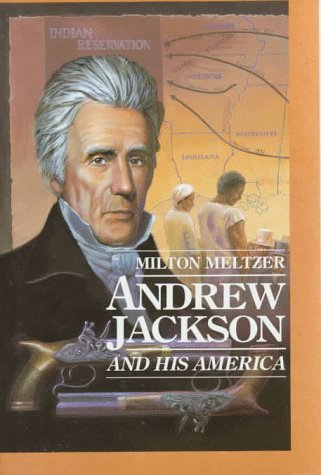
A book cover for Andrew Jackson & His America (Milton Meltzer Biographies); Milton Meltzer; Teen & Young Adult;